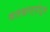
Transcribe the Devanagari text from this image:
कारखान्यांतून